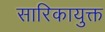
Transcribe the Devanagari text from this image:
सारिकायुक्त